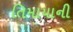
તિમાયાની